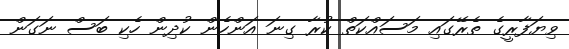
ވިޔަފާރީގެ ތެރޭގައި މަސައްކަތް ކުރާ ގިނަ އަންހެން ކުދިން ހެކި ބަސް ނަގަން